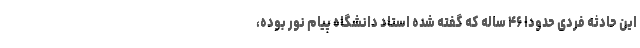
این حادثه فردی حدودا ۴۶ ساله که گفته شده استاد دانشگاه پیام نور بوده،